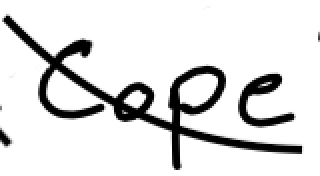
Text: Cope
Cross-out: diagonal
Writing tool: digital_black